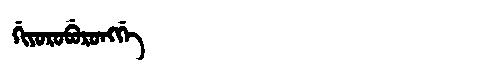
Manchu: ᡤᡳᠶᠣᡵᠣᠪᡠᡵᠣᠩᡤᡝ
Romanization: GIYOROBURONGGE